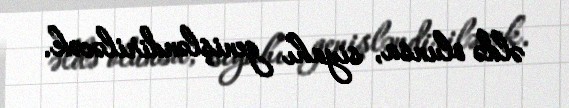
əldə olunsa, siyahı genişləndiriləcək.